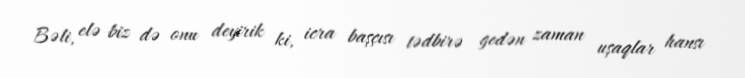
Bəli, elə biz də onu deyirik ki, icra başçısı tədbirə gedən zaman uşaqlar hansı